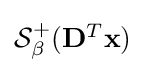
{\textstyle {\mathcal {S}}_{\beta }^{+}(\mathbf {D} ^{T}\mathbf {x} )}